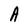
Character: A